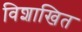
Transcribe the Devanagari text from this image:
विशाखित